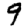
Digit: 9